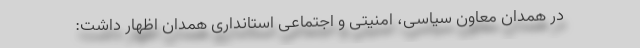
در همدان معاون سیاسی، امنیتی و اجتماعی استانداری همدان اظهار داشت: